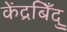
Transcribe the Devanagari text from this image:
केंद्रबिँदु